Liigvalla_vallavalitsus, lk 95
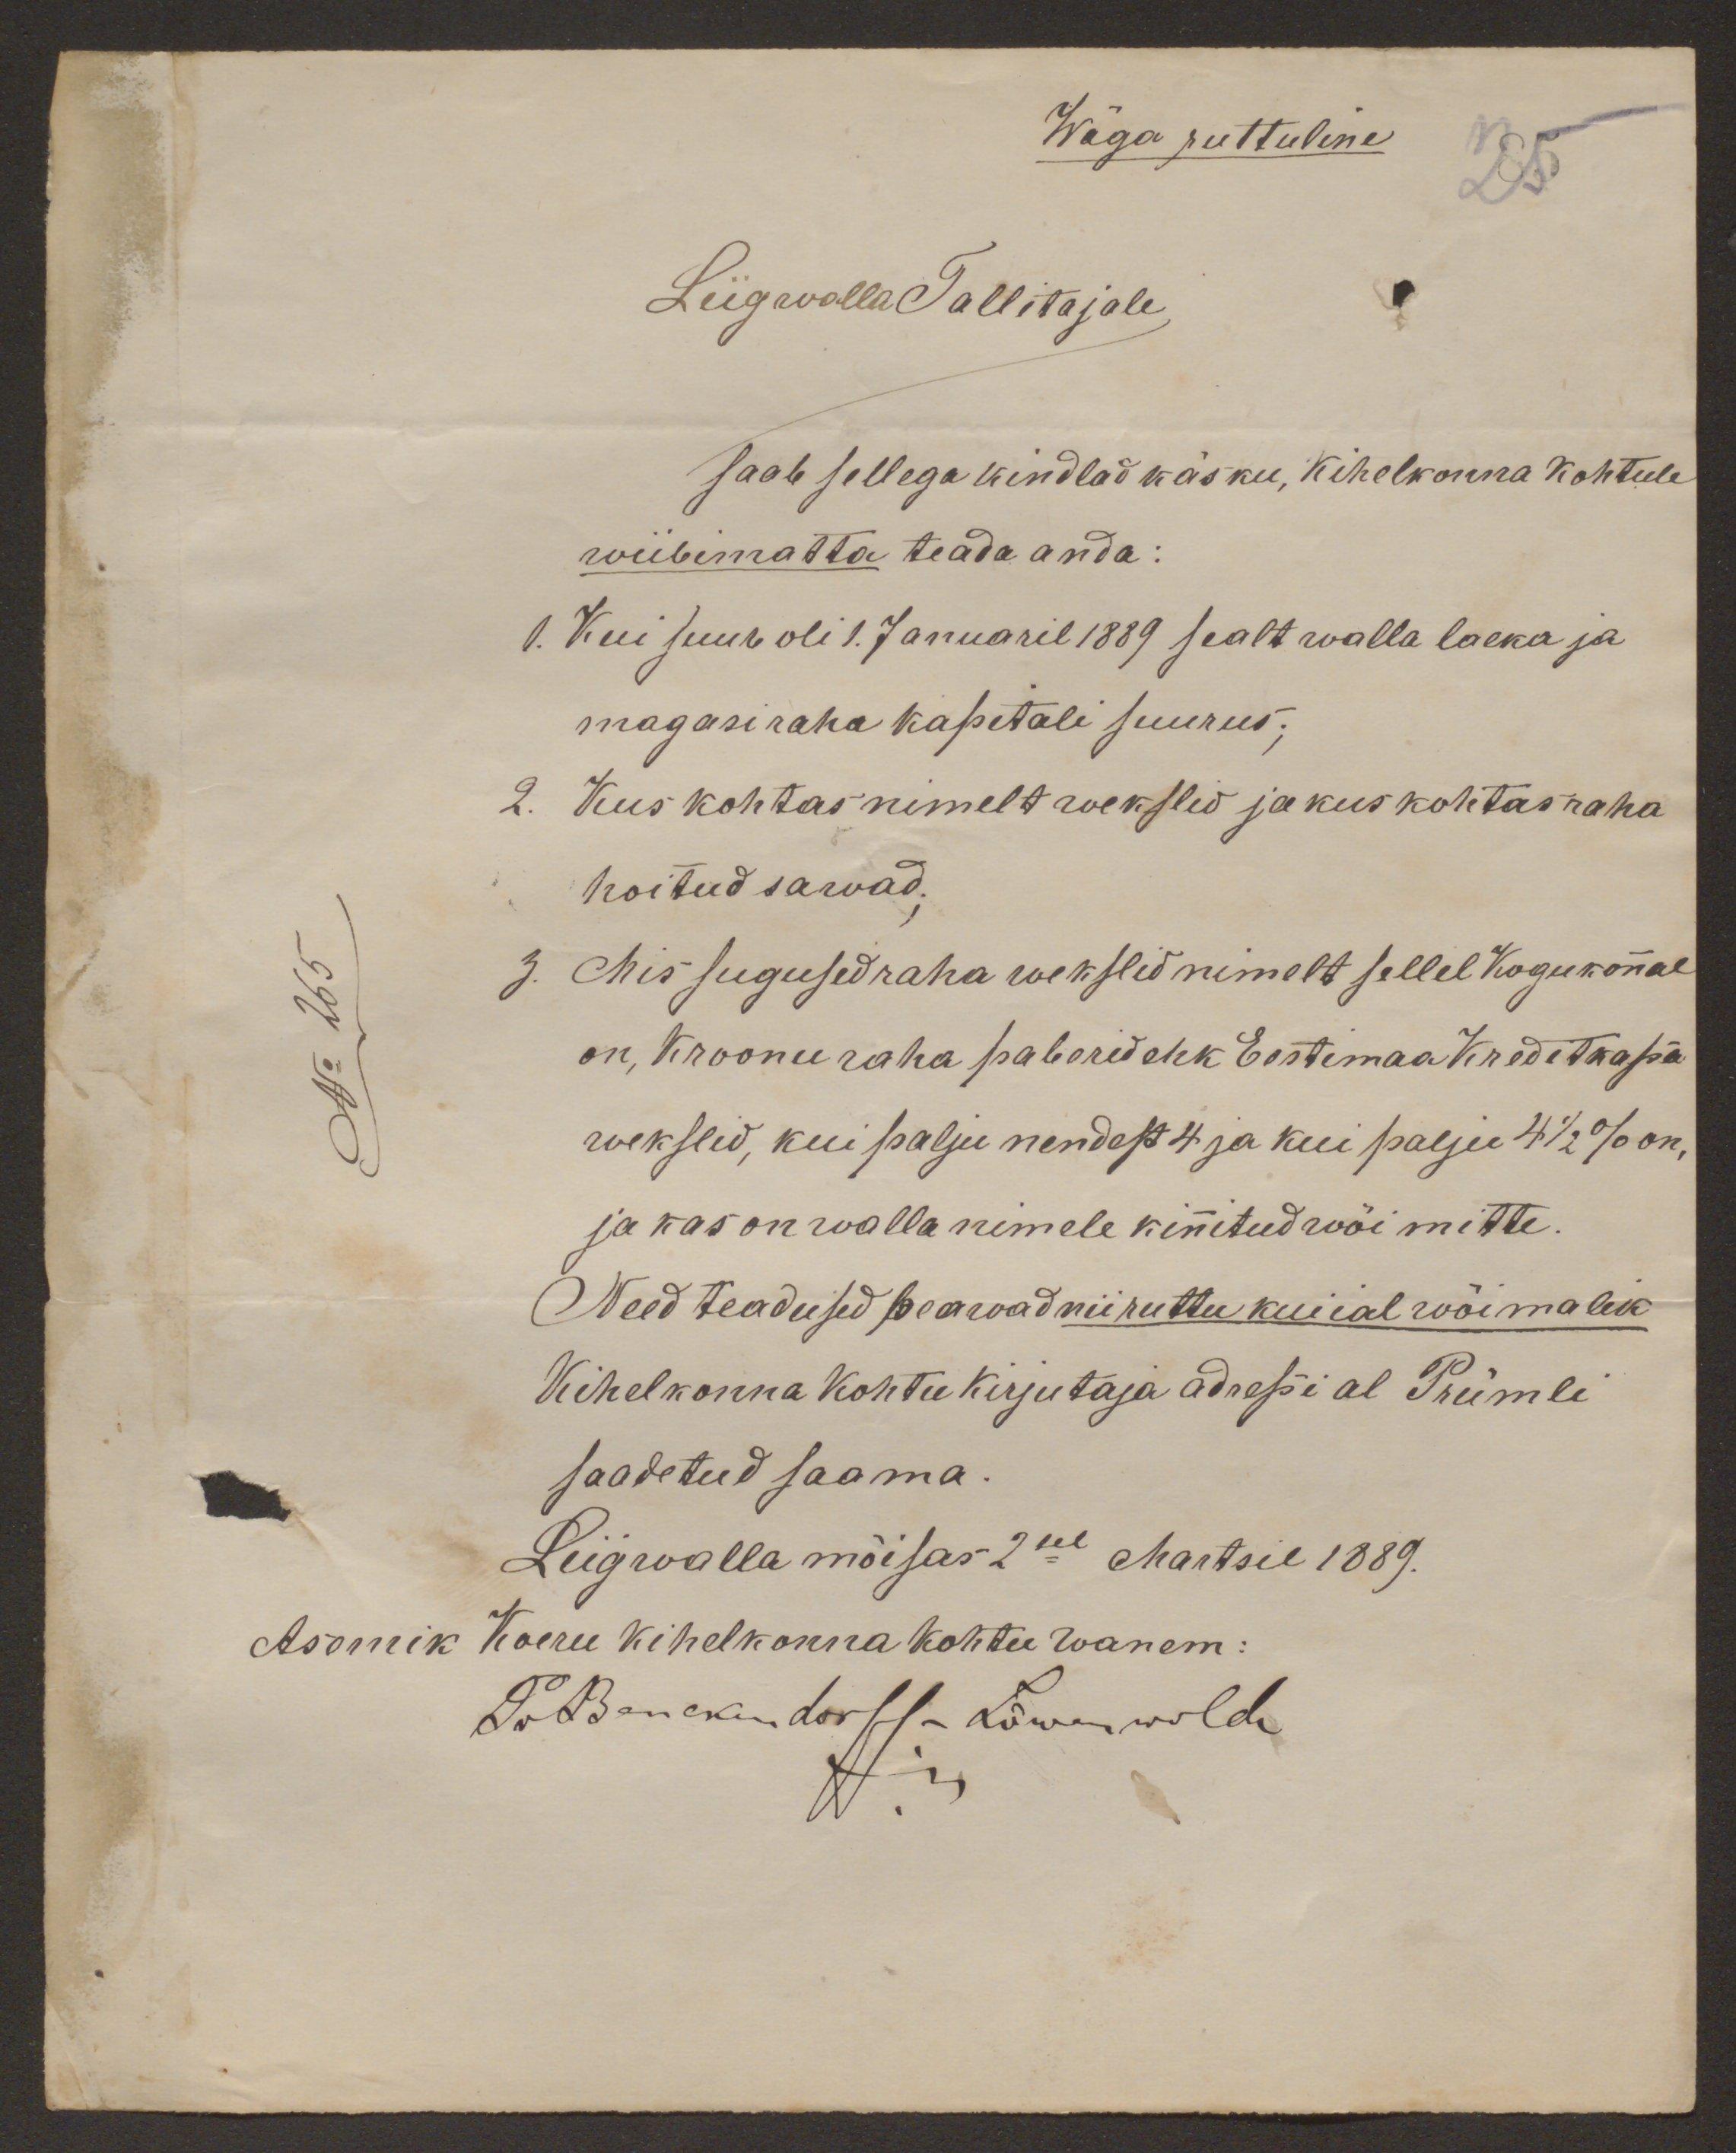
Wäga ruttuline
Liigwalla Tallitajale
saab sellega kindlad käsku, kihelkonna kohtule
wiibimatta teada anda:
1. Kui suur oli 1. Januaril 1889 sealt walla laeka ja
magasiraha kapitali suurus;
2. Kus kohtas nimelt wekslid ja kus kohtas raha
hoitud sawad;
3. Mis sugused raha wekslid nimelt sellel Kogukonnal
on, Kroonu raha paberid ehk Eestimaa Kreditkassa
wekslid, kui palju nendest 4 ja kui palju 4 1/2 % on,
ja kas on walla nimele kinnitud wõi mitte.
Need teadused peawad nii ruttu kui ial wõimalik
Kihelkonna kohtu kirjutaja adressi al Prümli
saadetud saama.
Liigwalla mõisas 2sel Martsil 1889.
Asemik Koeru kihelkonna kohtu wanem:
PvBenckendorff-Löwenwolde

No 265